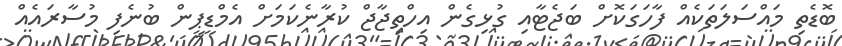
ބޮޑެތި މައްސަލަތަކެއް ފާހަގަކޮށް ބަޖެޓާއި ގުޅިގެން އިހްތިޖާޖް ކުރާނެކަމަށް އެމްޑީޕީން ބުނެފި މުސާރައެއް